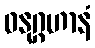
ဓနုဂ္ဂဟာနံ